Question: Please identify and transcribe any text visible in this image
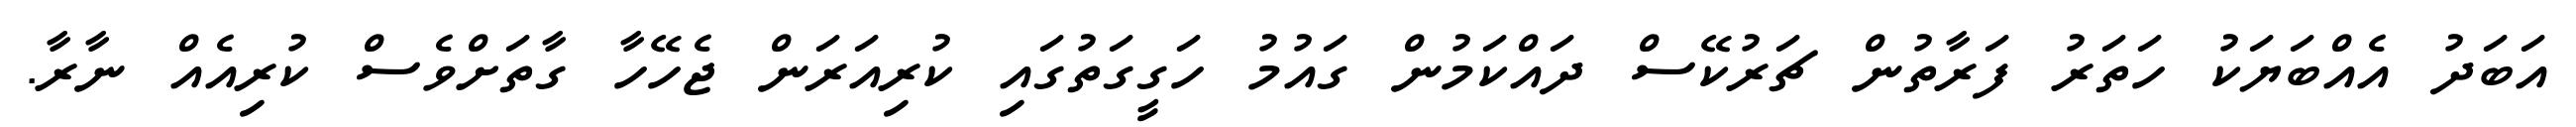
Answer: އަބަދު އެއްބަޔަކު ހަތަރު ފަރާތުން ޗަރުކޭސް ދައްކަމުން ގައުމު ހަގީގަތުގައި ކުރިއަރަން ޖެހޭހާ ގާތަށްވެސް ކުރިއެއް ނާރާ.